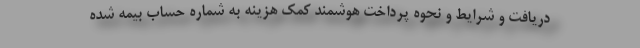
دریافت و شرایط و نحوه پرداخت هوشمند کمک هزینه به شماره حساب بیمه شده